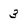
Character: 3